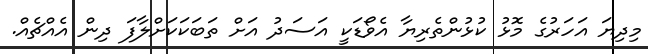
މިދިޔަ އަހަރުގެ މޮޅު ކުޅުންތެރިޔާ އެވޯޑަކީ އަސަދު އަށް ތަބަކަކަށްލާފަ ދިން އެއްޗެއް.